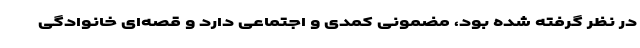
در نظر گرفته شده بود، مضمونی کمدی و اجتماعی دارد و قصه‌ای خانوادگی